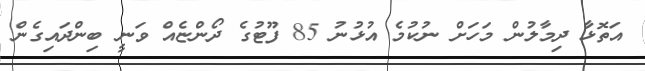
އަތޮޅާ ދިމާލުން މަހަށް ނުކުމެ އުޅުނު 85 ފޫޓުގެ ދޯންޏެއް ވަނީ ބިންދައިގެން